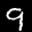
Label: 9